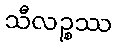
သီလဉ္စဿ